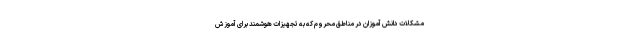
مشکلات دانش آموزان در مناطق محروم که به تجهیزات هوشمند برای آموزش